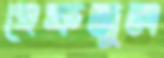
হেফজুল